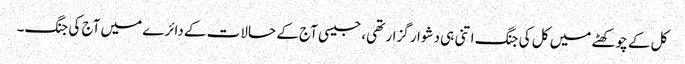
کل کے چوکھٹے میں کل کی جنگ اتنی ہی دشوار گزار تھی، جیسی آج کے حالات کے دائرے میں آج کی جنگ۔